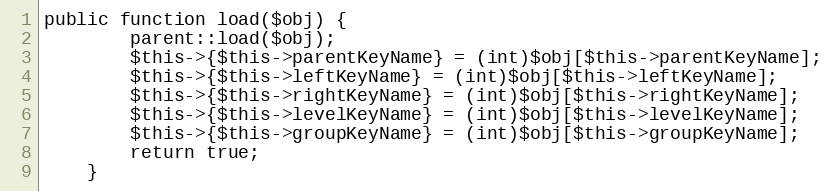
Language: PHP
public function load($obj) {
		parent::load($obj);
		$this->{$this->parentKeyName} = (int)$obj[$this->parentKeyName];
		$this->{$this->leftKeyName} = (int)$obj[$this->leftKeyName];
		$this->{$this->rightKeyName} = (int)$obj[$this->rightKeyName];
		$this->{$this->levelKeyName} = (int)$obj[$this->levelKeyName];
		$this->{$this->groupKeyName} = (int)$obj[$this->groupKeyName];
		return true;
	}